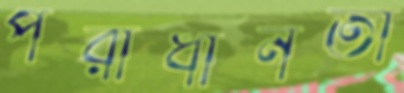
পরাধীনতা